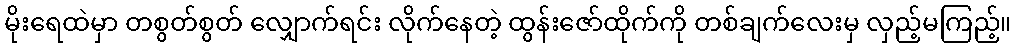
မိုးရေထဲမှာ တစွတ်စွတ် လျှောက်ရင်း လိုက်နေတဲ့ ထွန်းဇော်ထိုက်ကို တစ်ချက်လေးမှ လှည့်မကြည့်။